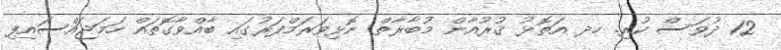
12 ދުވަސް ކުރި. ހދ އަތޮޅު ޤުރުއާން މުބާރާތް ނޮޅިވަރަމްފަރުގައި ބާއްވާގޮތައް ހަމަޖައްސައިފި